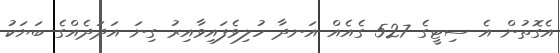
އެގޮތުން އެ ސިޓީގެ 527 ގެއެއް އަނދާ ހުލިވެފައިވާއިރު ގިނަ އަދަދެއްގެ ބަޔަކު